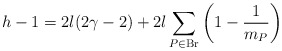
\begin{align*}h-1=2l(2\gamma-2)+2l\sum_{P\in \mathrm{Br}}\left(1-\frac{1}{m_P}\right)\end{align*}